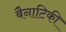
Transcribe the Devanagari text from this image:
बैनाटिकी